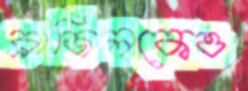
ব্রাজিলকেও